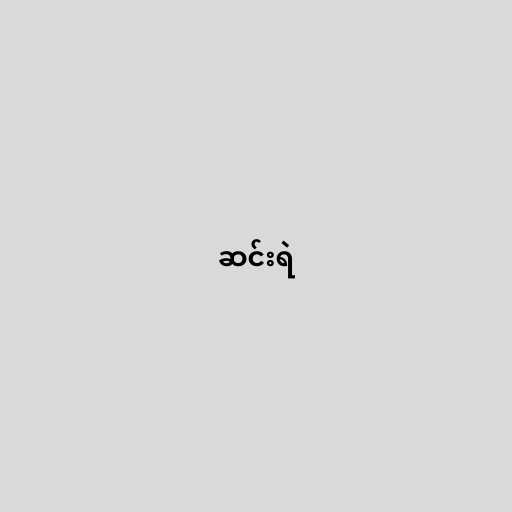
ဆင်းရဲ